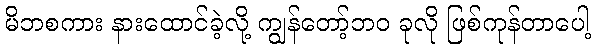
မိဘစကား နားထောင်ခဲ့လို့ ကျွန်တော့်ဘဝ ခုလို ဖြစ်ကုန်တာပေါ့